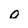
Character: o